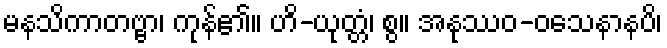
မနသိကာတဗ္ဗာ၊ ကုန်၏။ ဟိ-ယုတ္တံ၊ စွ။ အနုဿဝ-ဝသေနာနပိ၊